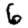
Digit: 6